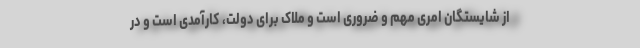
از شایستگان امری مهم و ضروری است و ملاک برای دولت، کارآمدی است و در